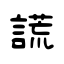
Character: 謊